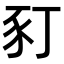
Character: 𧰩